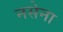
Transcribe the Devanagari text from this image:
नसेना